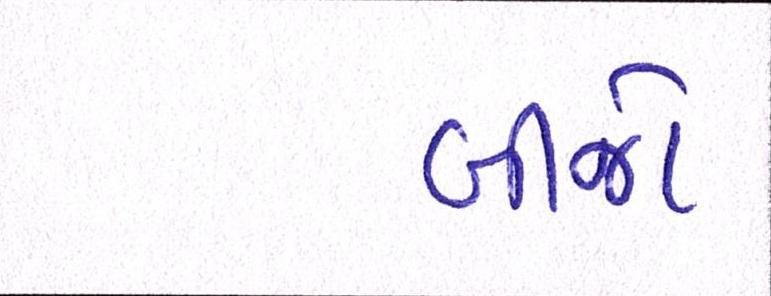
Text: બીજો